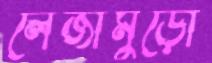
লেজামুড়ো